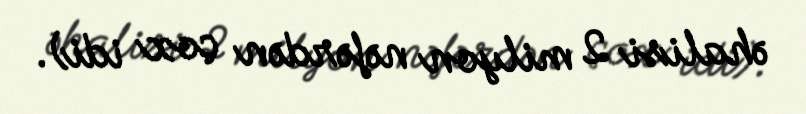
əhalisi 2 milyon nəfərdən çox idi).